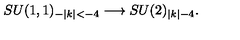
S U ( 1 , 1 ) _ { - | k | < - 4 } \longrightarrow S U ( 2 ) _ { | k | - 4 } .